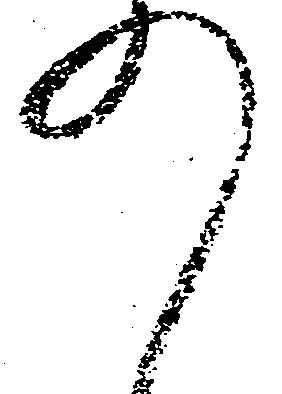
の